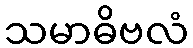
သမာဓိဗလံ